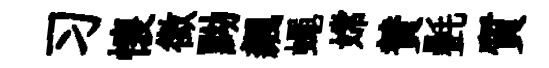
习懐徵黝飆蠅嫦賛㲲質